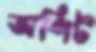
অপিট